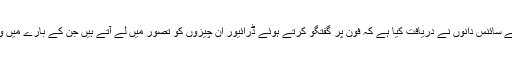
یونیورسٹی آف سسیکس کے سائنس دانوں نے دریافت کیا ہے کہ فون پر گفتگو کرتے ہوئے ڈرائیور ان چیزوں کو تصور میں لے آتے ہیں جن کے بارے میں وہ بات کر رہے ہوتے ہیں۔